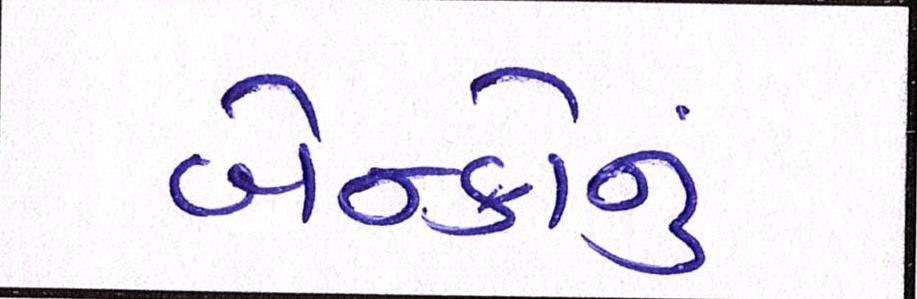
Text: બેન્કોનું